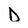
Character: D